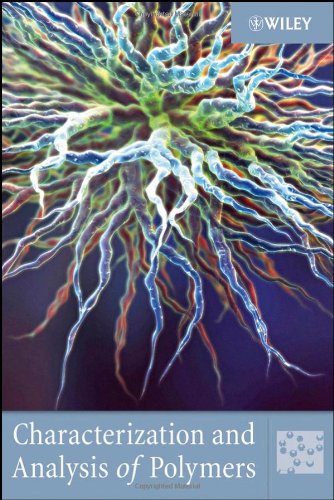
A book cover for Characterization and Analysis of Polymers; Wiley; Science & Math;